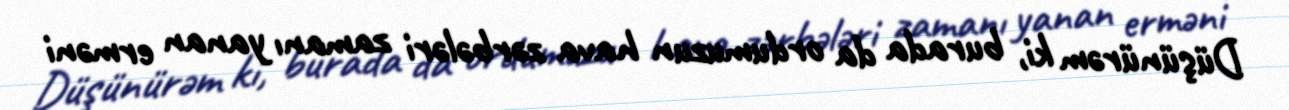
Düşünürəm ki, burada da ordumuzun hava zərbələri zamanı yanan erməni